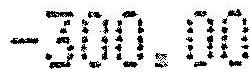
-300.00